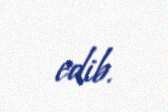
edib.